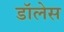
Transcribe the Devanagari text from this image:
डॉलेस